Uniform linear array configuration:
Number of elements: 8
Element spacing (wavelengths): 0.25
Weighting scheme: exponential
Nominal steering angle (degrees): -30
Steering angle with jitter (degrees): -30.316
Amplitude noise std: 0.05
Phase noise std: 0.05

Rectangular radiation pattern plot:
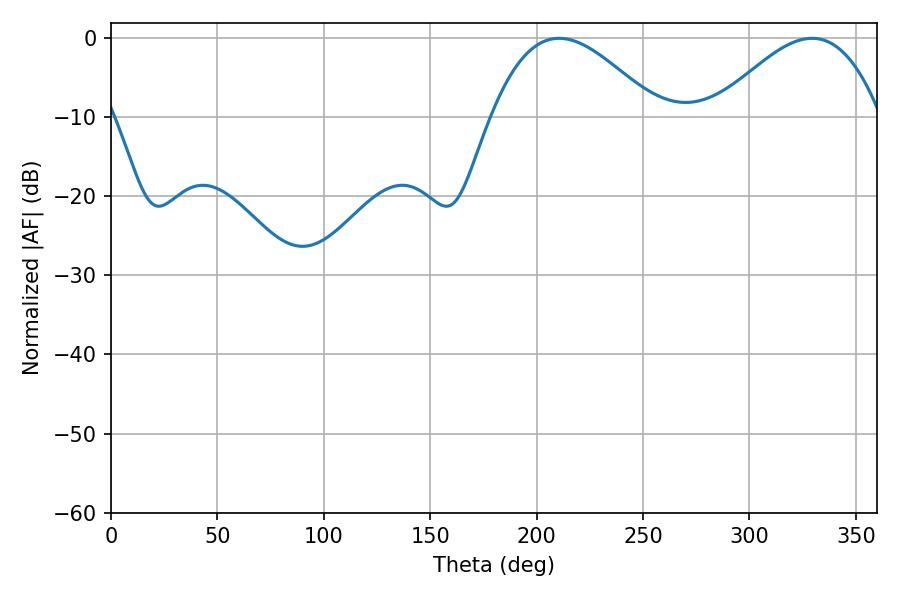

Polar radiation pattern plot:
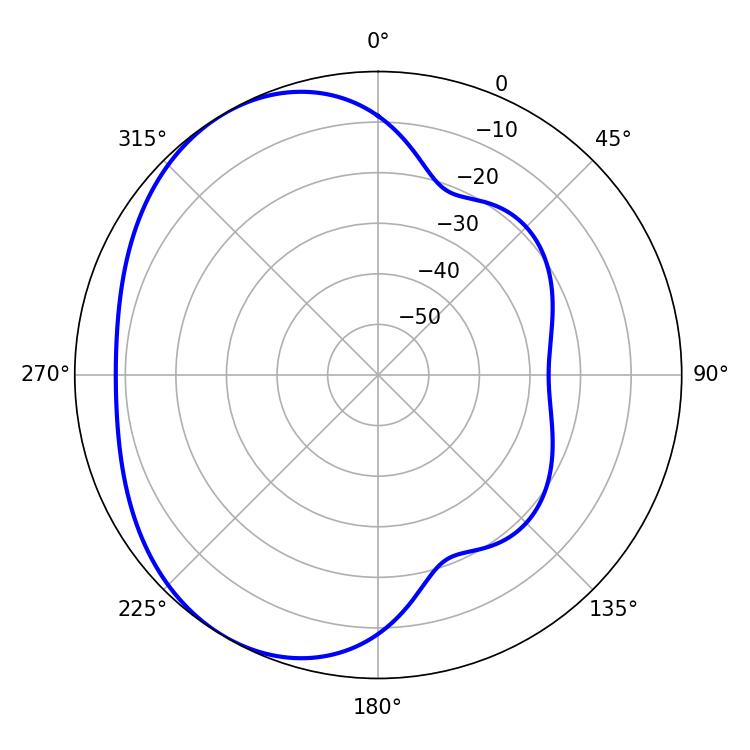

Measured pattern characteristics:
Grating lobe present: FALSE
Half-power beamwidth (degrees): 42.3
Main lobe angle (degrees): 210.6